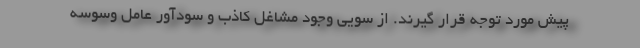
پیش مورد توجه قرار گیرند. از سویی وجود مشاغل کاذب و سودآور عامل وسوسه